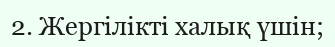
2. Жергілікті халық үшін;